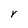
Character: r